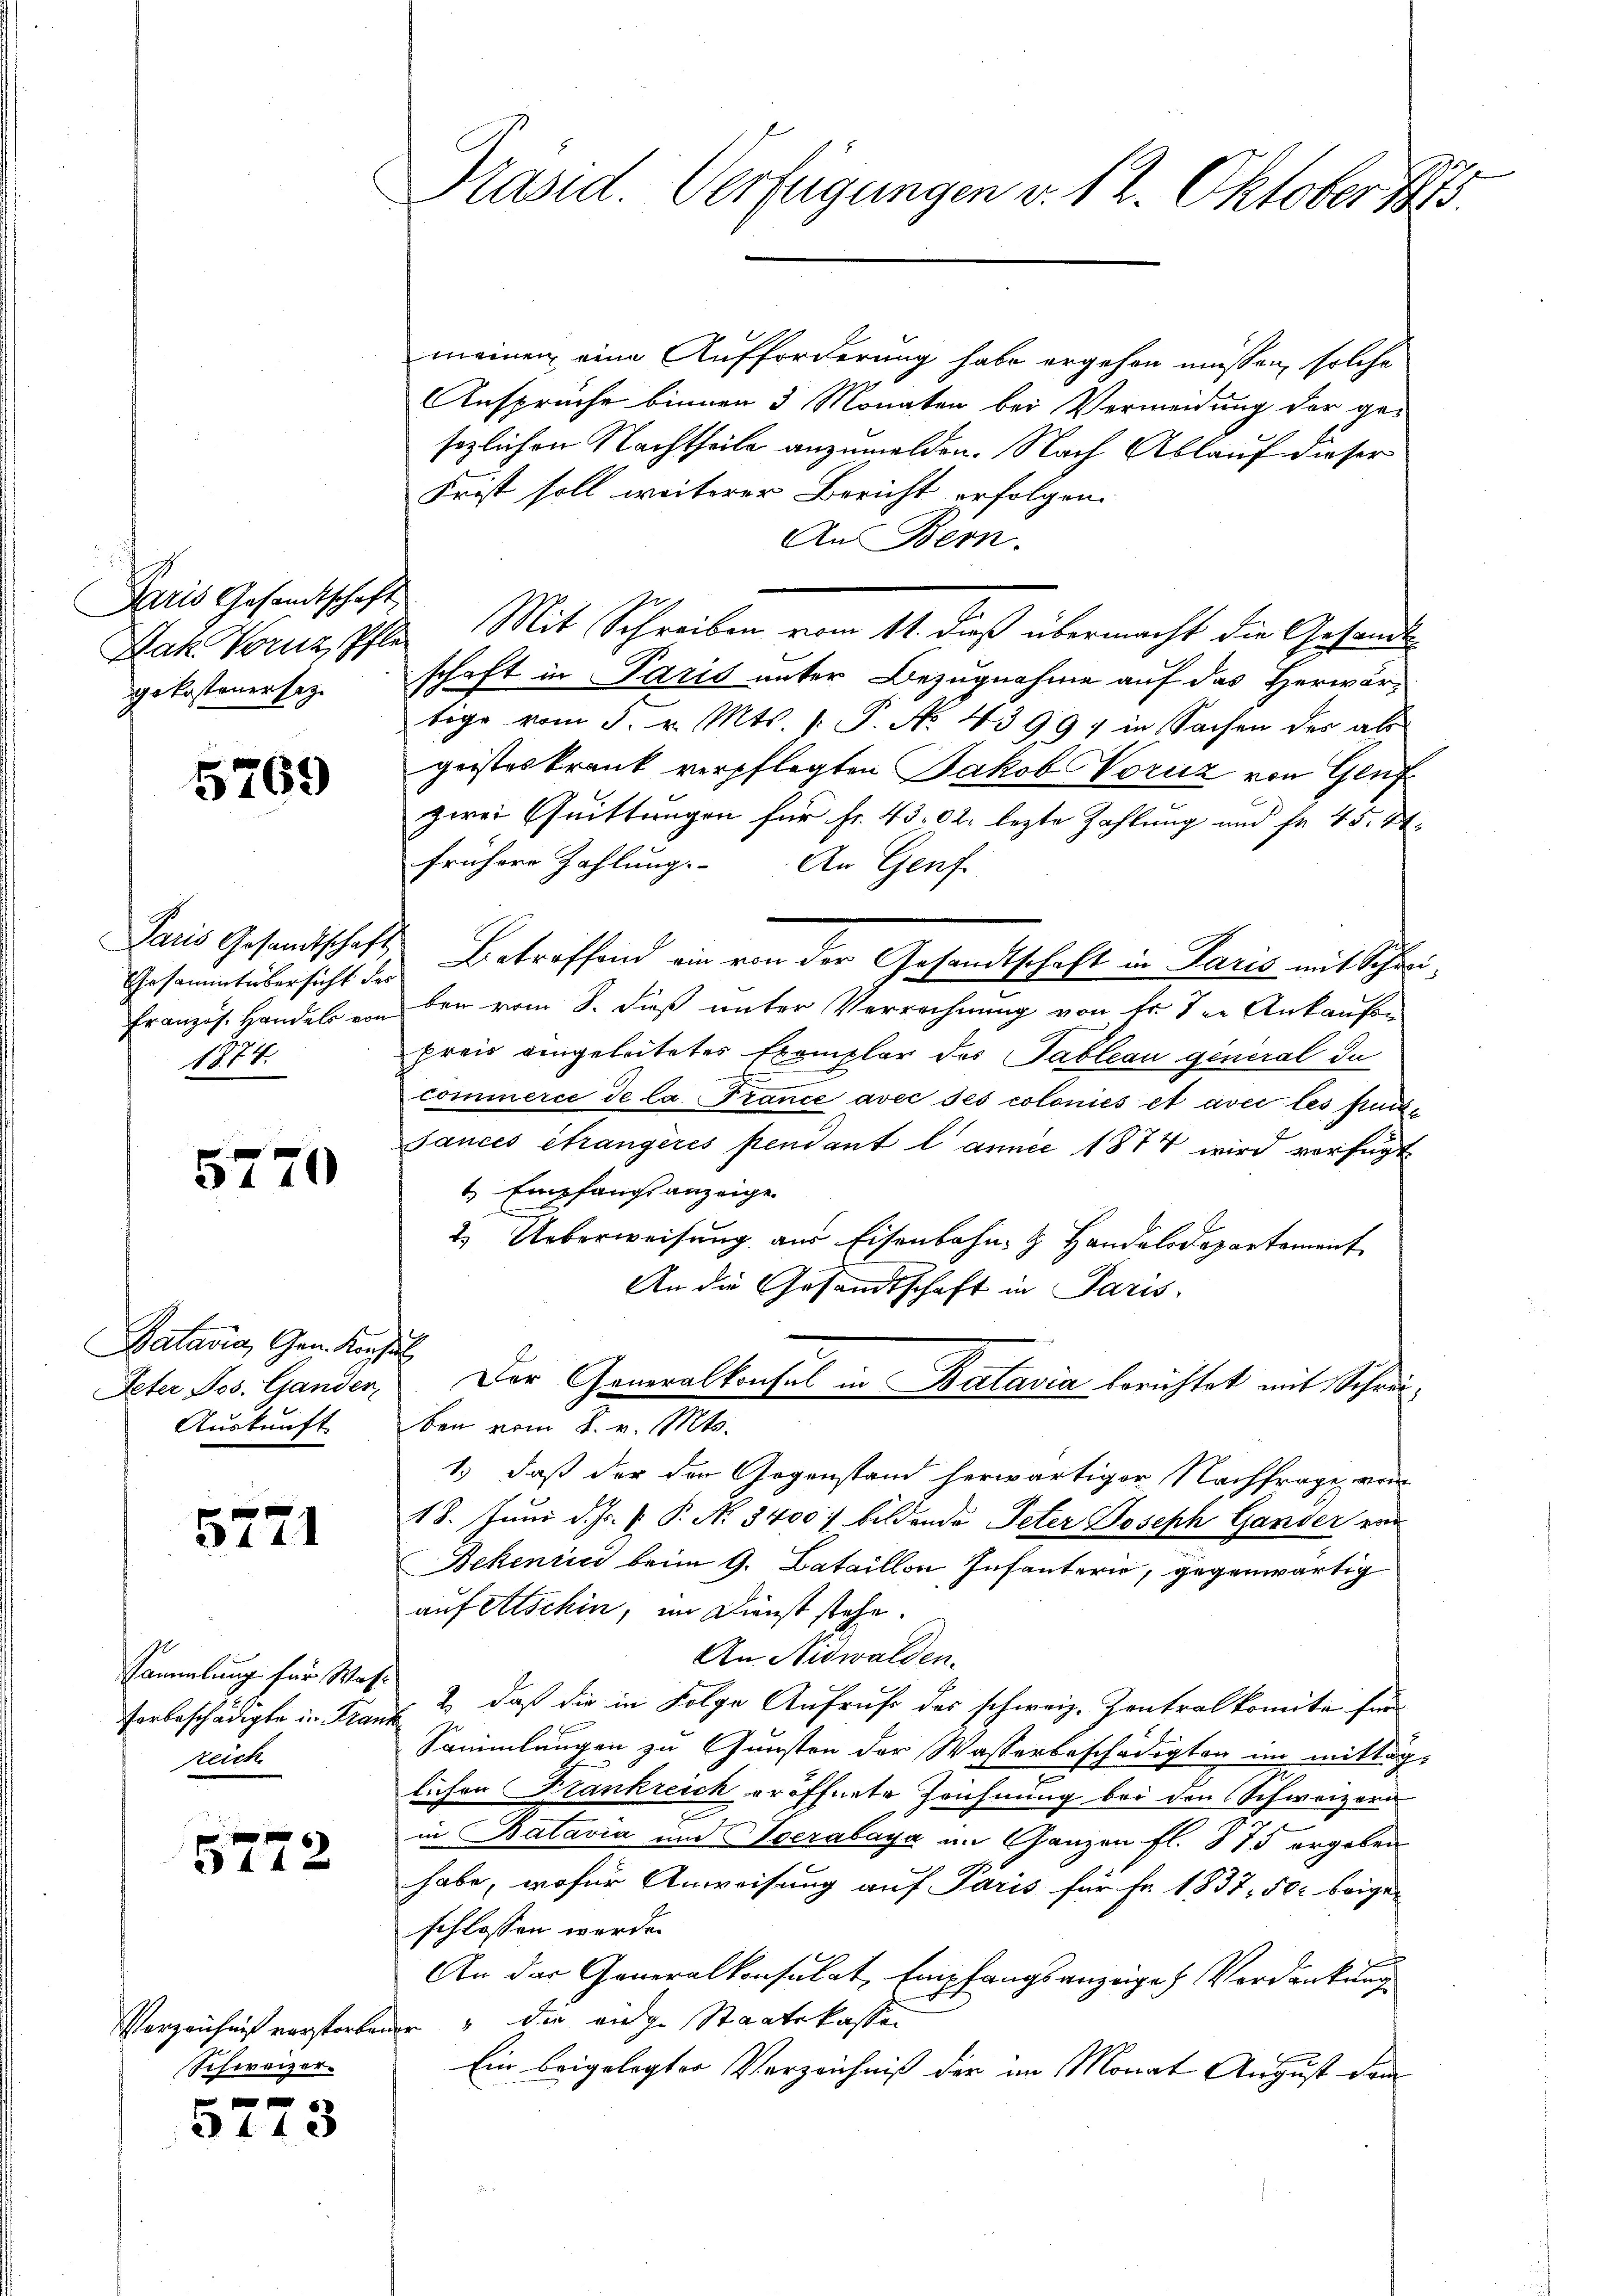
Paris Gesandtschaft
gekostenersatz.

5769

Gesammtübersicht der
14.

5770

Batavia, General
Peter Jos. Gander
Auskunft

5771

Sammlung für Was
forbeschädigte in Kran
sreich

5772

Schweizer-

5773

Kasid. Verfügungen v. 12. Oktober 1875.

meinen eine Aufforderung habe ergehen müssen, solche
Ansprüche binnen 3 Monaten bei Vermeidung der ge-
sezlichen Nachtheile anzumelden. Nach Ablauf dieser
Frist soll weiterer Bericht erfolgen.
An Bern.
Zak. Vorne, Phle Mit Schreiben vom 11. dieß übermacht die Gesandtschaft in Paris unter Bezugnahme auf das Herwärtige vom 5. v. Mts. v. P. No. 43997 in Sachen der als
geisteskrank verpflegten Jakob Vorüz von Genf
zwei Quittungen für Fr. 4302, lezte Zahlung und fr. 45. St.
frühere Zahlung. An Genf
Paris Gesandtschaft Betreffend ein von der Gesandtschaft in Paris mit Schrei¬
Französ. Handel von den vom 8. dieß unter Verrechnung von fr. die Ankaufen
preis eingeleitetes Exemplar des Tableau general da
2
E
commerce de la Trance avec ses coloniés et avec les findsances étrangères pendant l’année 1874 wird verfügt
t Empfangsanzeige.
2. Ueberweisung aus Eisenbahn- & Handelsdepartement
An die Gesandtschaft in Paris
Der Generalkonsul in Batavia berichtet mit Schrieben vom 2. v. Mts.
1.) daß der den Gegenstand herwärtiger Nachfrage von
18. Juni d. Js. v. P. No 8400. bildende Peter Joseph Gander ein
Bekenri beim 9. Bataillon Infanterie, gegenwärtig
auf Abschin, im Dienst stehe.
An Nidwalden.
Fr
2. daß die in Folge Aufrufe des schweiz. Zentralkomita für
 Sammlungen zu Gunsten der Wasserbeschädigten im mittag-
lichen Krankreich eröffnete Zeichnung bei den Schweizeri
E
in Batavia und verabaya im Ganzen fl. 875 ergeben
habe, wofür Anweisung auf Paris für Fr. 1837. 50c beigen
schlossen werde.
An der Generalkonsulat Empfangsanzeige Verdankung
Verzeichnis verstorbener und die ange Staatskassen
Ein beigelegter Verzeichniß der im Monat August dam